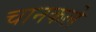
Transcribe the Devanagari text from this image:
चानकले